Vaccination in the Punjab 1897-1904 - 1897-1904
Year: 1897
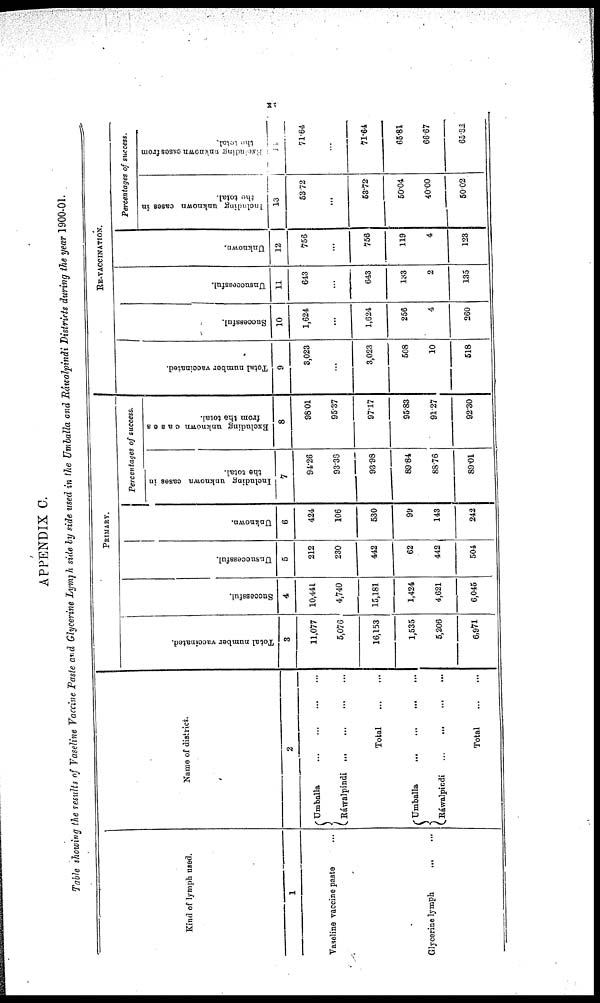
xv
APPENDIX C.
Table showing the results of Vaseline Vaccine Paste and Glycerine Lymph side by side used in the Umballa and Ráwalpindi Districts during the year 1900-01.
Kind of lymph used.
1
Vaseline vaccine paste ...
Glycerine lymph
...
...
Name of district.
2
Umballa
...
...
...
...
Ráwalpindi
...
...
...
...
Total
...
...
Umballa
...
...
...
...
Ráwalpindi
...
...
...
...
Total
...
...
PRIMARY.
Total number vaccinated.
3
11,077
5,076
16,153
1,535
5,206
6,971
Successful.
4
10,441
4,740
15,181
1,424
4,621
6,045
Unsuccessful.
5
212
230
442
62
442
504
Unknown.
6
424
106
530
99
143
242
Percentages of success.
Including unknown cases in
the total.
7
94.26
93.38
93.98
89.84
88.76
89.01
Excluding unknown cases
from the total.
8
98.01
95.37
97.17
95.83
91.27
92.30
RE-VACCINATION.
Total number vaccinated.
9
3,023
...
3,023
508
10
518
Successful.
10
1,624
1,624
256
4
260
Unsuccessful.
11
643
...
643
133
2
135
Unknown.
12
756
...
756
119
4
123
Percentages of success,
Including unknown cases in
this total.
13
53.72
...
53.72
50.04
40.00
50.02
Excluding unknown cases from
14
71.64
...
71.64
65.81
66.67
65.82